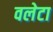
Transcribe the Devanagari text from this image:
वलेटा